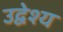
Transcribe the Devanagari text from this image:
उद्वेश्‍य